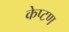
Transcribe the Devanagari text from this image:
केप्टण